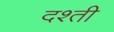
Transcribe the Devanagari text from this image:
दश्ती